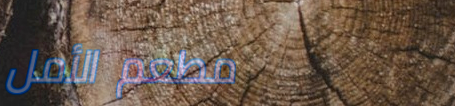
مطعم الأمل